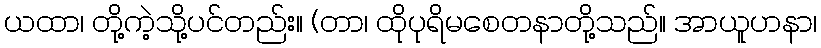
ယထာ၊ တို့ကဲ့သို့ပင်တည်း။ (တာ၊ ထိုပုရိမစေတနာတို့သည်။ အာယူဟနာ၊